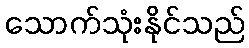
သောက်သုံးနိုင်သည်